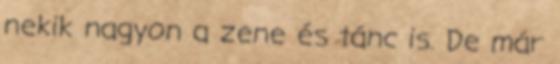
nekik nagyon a zene és tánc is. De már